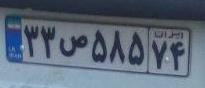
۳۳ص۵۸۵۷۴